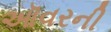
ઑવરની